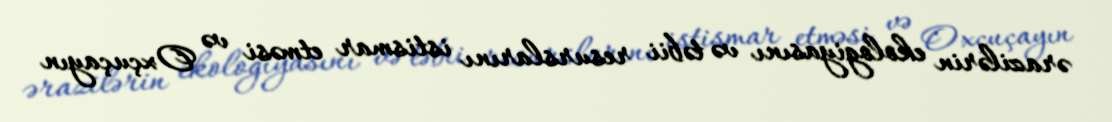
ərazilərin ekologiyasını və təbii resurslarını istismar etməsi və Oxçuçayın